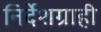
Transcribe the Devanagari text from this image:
निर्देशग्राही